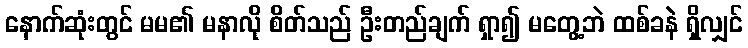
နောက်ဆုံးတွင် မမ၏ မနာလို စိတ်သည် ဦးတည်ချက် ရှာ၍ မတွေ့ဘဲ ထစ်ခနဲ ရှိလျှင်